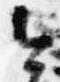
今